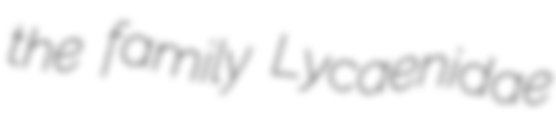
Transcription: the family Lycaenidae